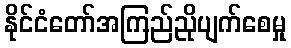
နိုင်ငံတော်အကြည်ညိုပျက်စေမှု